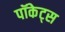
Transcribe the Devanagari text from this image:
पॉकेट्स